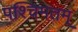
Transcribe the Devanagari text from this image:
पश्चिमतम्